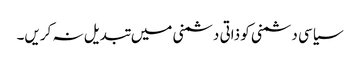
سیاسی دشمنی کو ذاتی دشمنی میں تبدیل نہ کریں۔